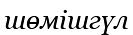
шөмішгүл